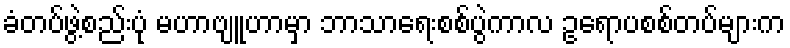
ခံတပ်ဖွဲ့စည်းပုံ မဟာဗျူဟာမှာ ဘာသာရေးစစ်ပွဲကာလ ဥရောပစစ်တပ်များက